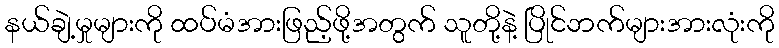
နယ်ချဲ့မှုများကို ထပ်မံအားဖြည့်ဖို့အတွက် သူတို့နဲ့ ပြိုင်ဘက်များအားလုံးကို